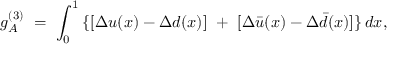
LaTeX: g _ { A } ^ { ( 3 ) } \ = \ \int _ { 0 } ^ { 1 } \, \{ [ \Delta u ( x ) - \Delta d ( x ) ] \ + \ [ \Delta \bar { u } ( x ) - \Delta \bar { d } ( x ) ] \} \, d x ,